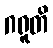
ဂရူတိ